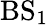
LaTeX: {\mathrm{BS_{1}}}